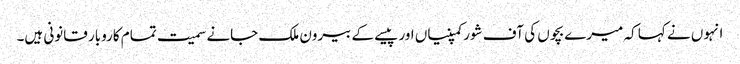
انہوں نے کہا کہ میرے بچوں کی آف شورکمپنیاں اور پیسے کے بیرون ملک جانے سمیت تمام کاروبار قانونی ہیں۔